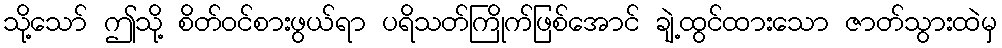
သို့သော် ဤသို့ စိတ်ဝင်စားဖွယ်ရာ ပရိသတ်ကြိုက်ဖြစ်အောင် ချဲ့ထွင်ထားသော ဇာတ်သွားထဲမှ